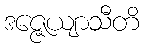
ဒဇ္ဇေယျာသီတိ